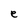
Character: e